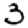
Digit: 3